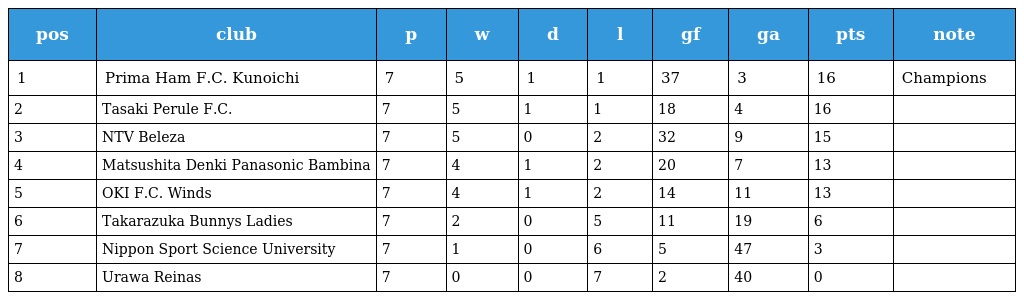
| pos | club | p | w | d | l | gf | ga | pts | note |
 | --- | --- | --- | --- | --- | --- | --- | --- | --- | --- |
 | 1 | Prima Ham F.C. Kunoichi | 7 | 5 | 1 | 1 | 37 | 3 | 16 | Champions |
 | 2 | Tasaki Perule F.C. | 7 | 5 | 1 | 1 | 18 | 4 | 16 |  |
 | 3 | NTV Beleza | 7 | 5 | 0 | 2 | 32 | 9 | 15 |  |
 | 4 | Matsushita Denki Panasonic Bambina | 7 | 4 | 1 | 2 | 20 | 7 | 13 |  |
 | 5 | OKI F.C. Winds | 7 | 4 | 1 | 2 | 14 | 11 | 13 |  |
 | 6 | Takarazuka Bunnys Ladies | 7 | 2 | 0 | 5 | 11 | 19 | 6 |  |
 | 7 | Nippon Sport Science University | 7 | 1 | 0 | 6 | 5 | 47 | 3 |  |
 | 8 | Urawa Reinas | 7 | 0 | 0 | 7 | 2 | 40 | 0 |  |